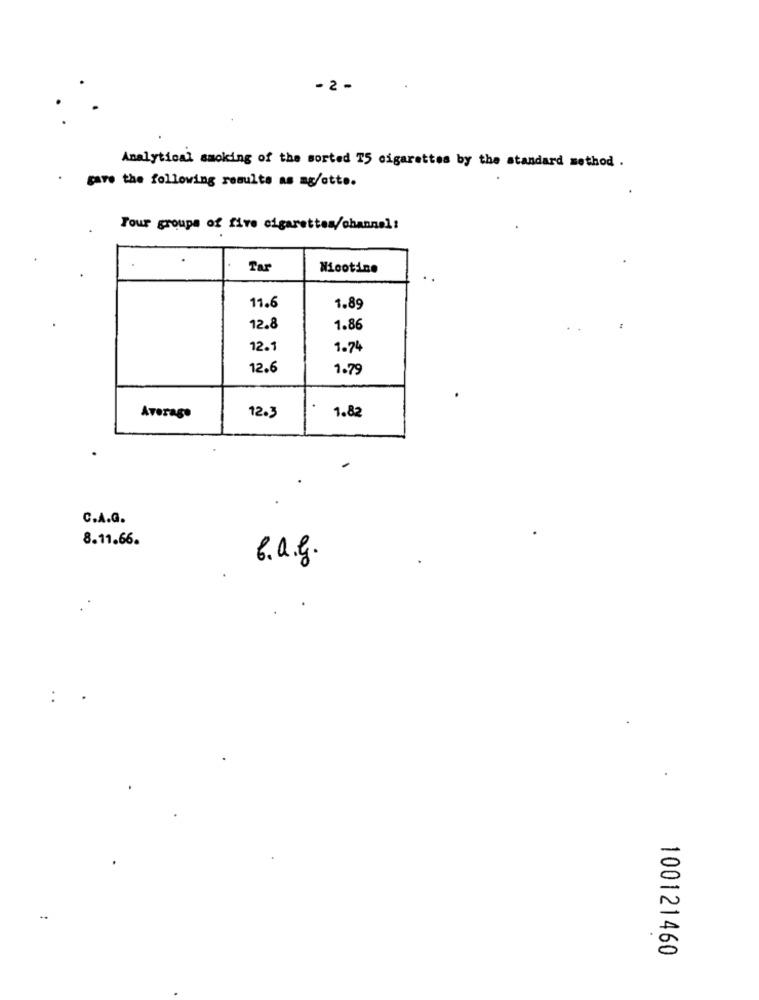
- 2 -
Analytical smoking of the sorted TS cigarettes by the standard method .
gave the following results as ag/otte.
Tour groups of five cigarettes/channel:
Tar
Nicotine
11.6
1.89
12.8
1.86
12.1
1.74
12.6
1.79
Average
12.3
1.82
C.A.G.
8.11.66.
b. a.g .
100121460